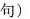
句)